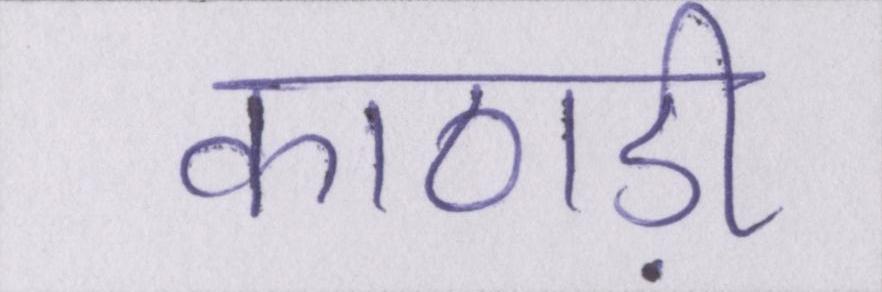
काठाड़ी